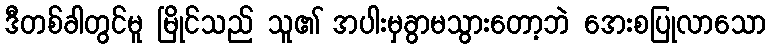
ဒီတစ်ခါတွင်မူ မြိုင်သည် သူ၏ အပါးမှခွာမသွားတော့ဘဲ အေးစပြုလာသော